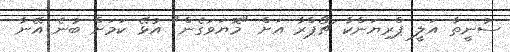
ސުނީތާ އަލީ ޕްރިޔަންކާ ޗޯޕްރާ އަށް "މޮޔަވަގެން" އުޅޭ ކަމަށް ބުނެ އޭނާ